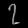
Digit: ၇